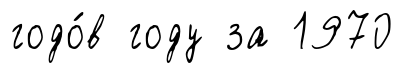
годо́в году за 1970